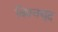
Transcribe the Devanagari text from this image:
विश्‍वयुद